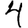
Digit: 4